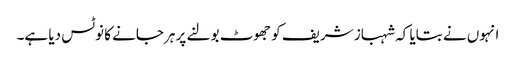
انہوں نے بتایا کہ شہباز شریف کو جھوٹ بولنے پر ہرجانے کا نوٹس دیا ہے۔